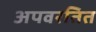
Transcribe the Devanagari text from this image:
अपवरतित